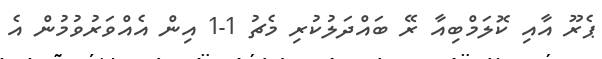
ޕެރޫ އާއި ކޮލަމްބިއާ ރޭ ބައްދަލުކުރި މެޗު 1-1 އިން އެއްވަރުވުމުން އެ